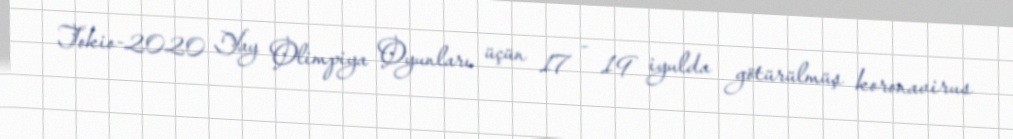
Tokio-2020 Yay Olimpiya Oyunları üçün 17 - 19 iyulda götürülmüş koronavirus